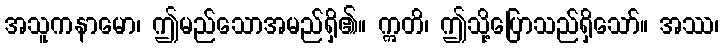
အသူကနာမော၊ ဤမည်သောအမည်ရှိ၏။ ဣတိ၊ ဤသို့ပြောသည်ရှိသော်။ အဿ၊